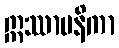
ဣဿာမနိကာ